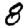
Digit: 8